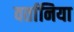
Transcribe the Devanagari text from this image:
वर्तानिया